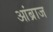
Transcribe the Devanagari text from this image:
आंब्राज